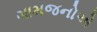
ગામજનોએ